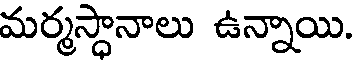
మర్మస్థానాలు ఉన్నాయి.